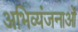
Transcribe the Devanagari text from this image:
अभिव्यंजनाओं